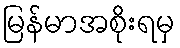
မြန်မာအစိုးရမှ